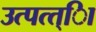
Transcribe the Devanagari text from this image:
उत्पत्त्िा